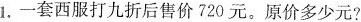
1.一套西服打九折后售价720元。原价多少元？